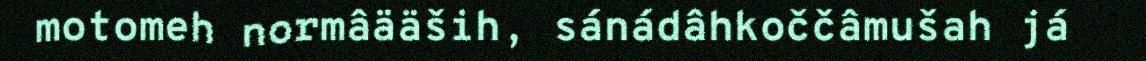
motomeh normâääših, sánádâhkoččâmušah já